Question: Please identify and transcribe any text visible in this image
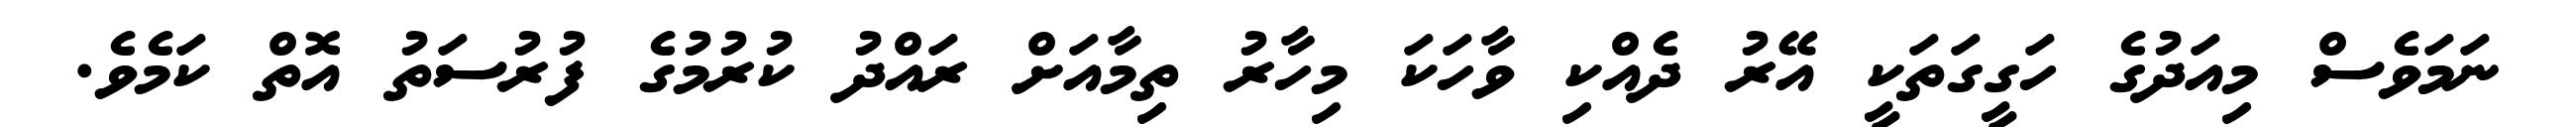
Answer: ނަމަވެސް މިއަދުގެ ހަގީގަތަކީ އޭރު ދެއްކި ވާހަކަ މިހާރު ތިމާއަށް ރައްދު ކުރުމުގެ ފުރުސަތު އޮތް ކަމެވެ.